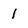
Character: 1